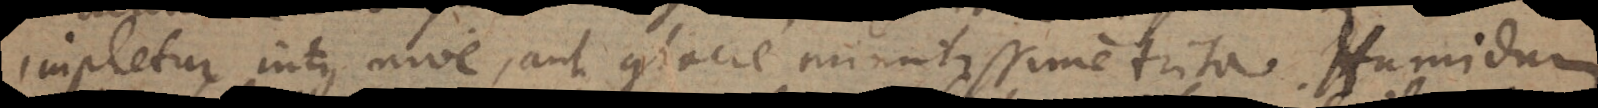
impletur intus nive, aut glacie minutissime trita. Humidum